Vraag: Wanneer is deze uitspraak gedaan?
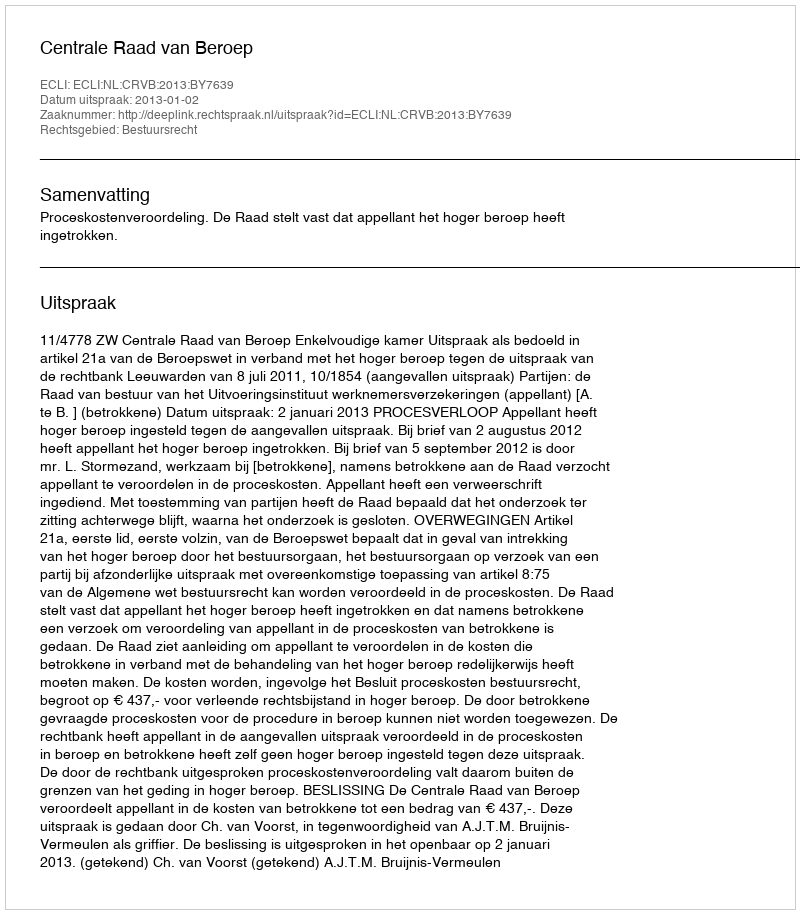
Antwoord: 2013-01-02